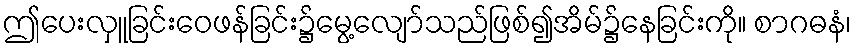
ဤပေးလှူခြင်းဝေဖန်ခြင်း၌မွေ့လျော်သည်ဖြစ်၍အိမ်၌နေခြင်းကို။ စာဂဓနံ၊